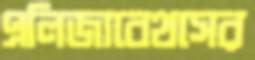
এলিজাবেথসের